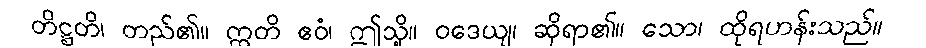
တိဋ္ဌတိ၊ တည်၏။ ဣတိ ဧဝံ၊ ဤသို့။ ဝဒေယျ၊ ဆိုရာ၏။ သော၊ ထိုရဟန်းသည်။